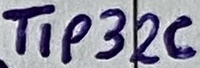
Text: TIP32C